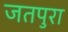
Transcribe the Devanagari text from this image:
जतपुरा